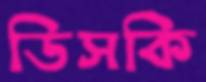
ডিসকি